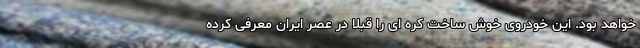
خواهد بود. این خودروی خوش ساخت کره ای را قبلا در عصر ایران معرفی کرده